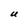
Character: U